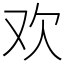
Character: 欢